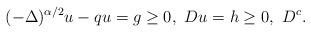
LaTeX: \begin{align*}(-\Delta)^{\alpha/2}u - qu = g \ge 0, \, \, D u = h \ge 0, \, \, D^c.\end{align*}